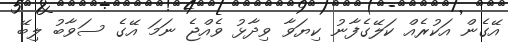
އޭގެން އަކުރެއް ކަލޭގެފާނު ކިޔަވާ ވިދާޅު ވެއްޖެ ނަމަ އޭގެ ސަވާބު ލިބޭ